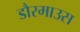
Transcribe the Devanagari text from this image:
डौरमाउस